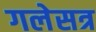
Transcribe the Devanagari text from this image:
गलेसत्र